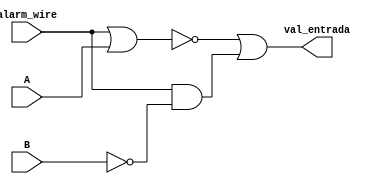
module Valvula(alarm_wire, A, B, val_entrada);

    input alarm_wire, A, B;
	 output val_entrada;
	 
	 nor Nor0(ativa0, alarm_wire, A);
	 
	 not Not0(b_barrado, B);
	 and And0(ativa1, alarm_wire, b_barrado);
	 
	 or Or0(val_entrada, ativa0, ativa1);
	 
endmodule